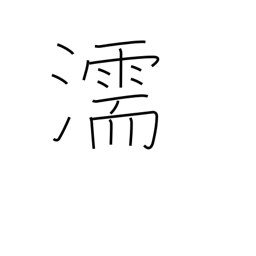
Meaning: damp